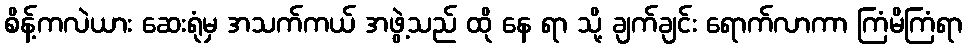
စိန့်ကလဲယား ဆေးရုံမှ အသက်ကယ် အဖွဲ့သည် ထို နေ ရာ သို့ ချက်ချင်း ရောက်လာကာ ကြံမိကြံရာ